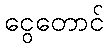
ငွေတောင်